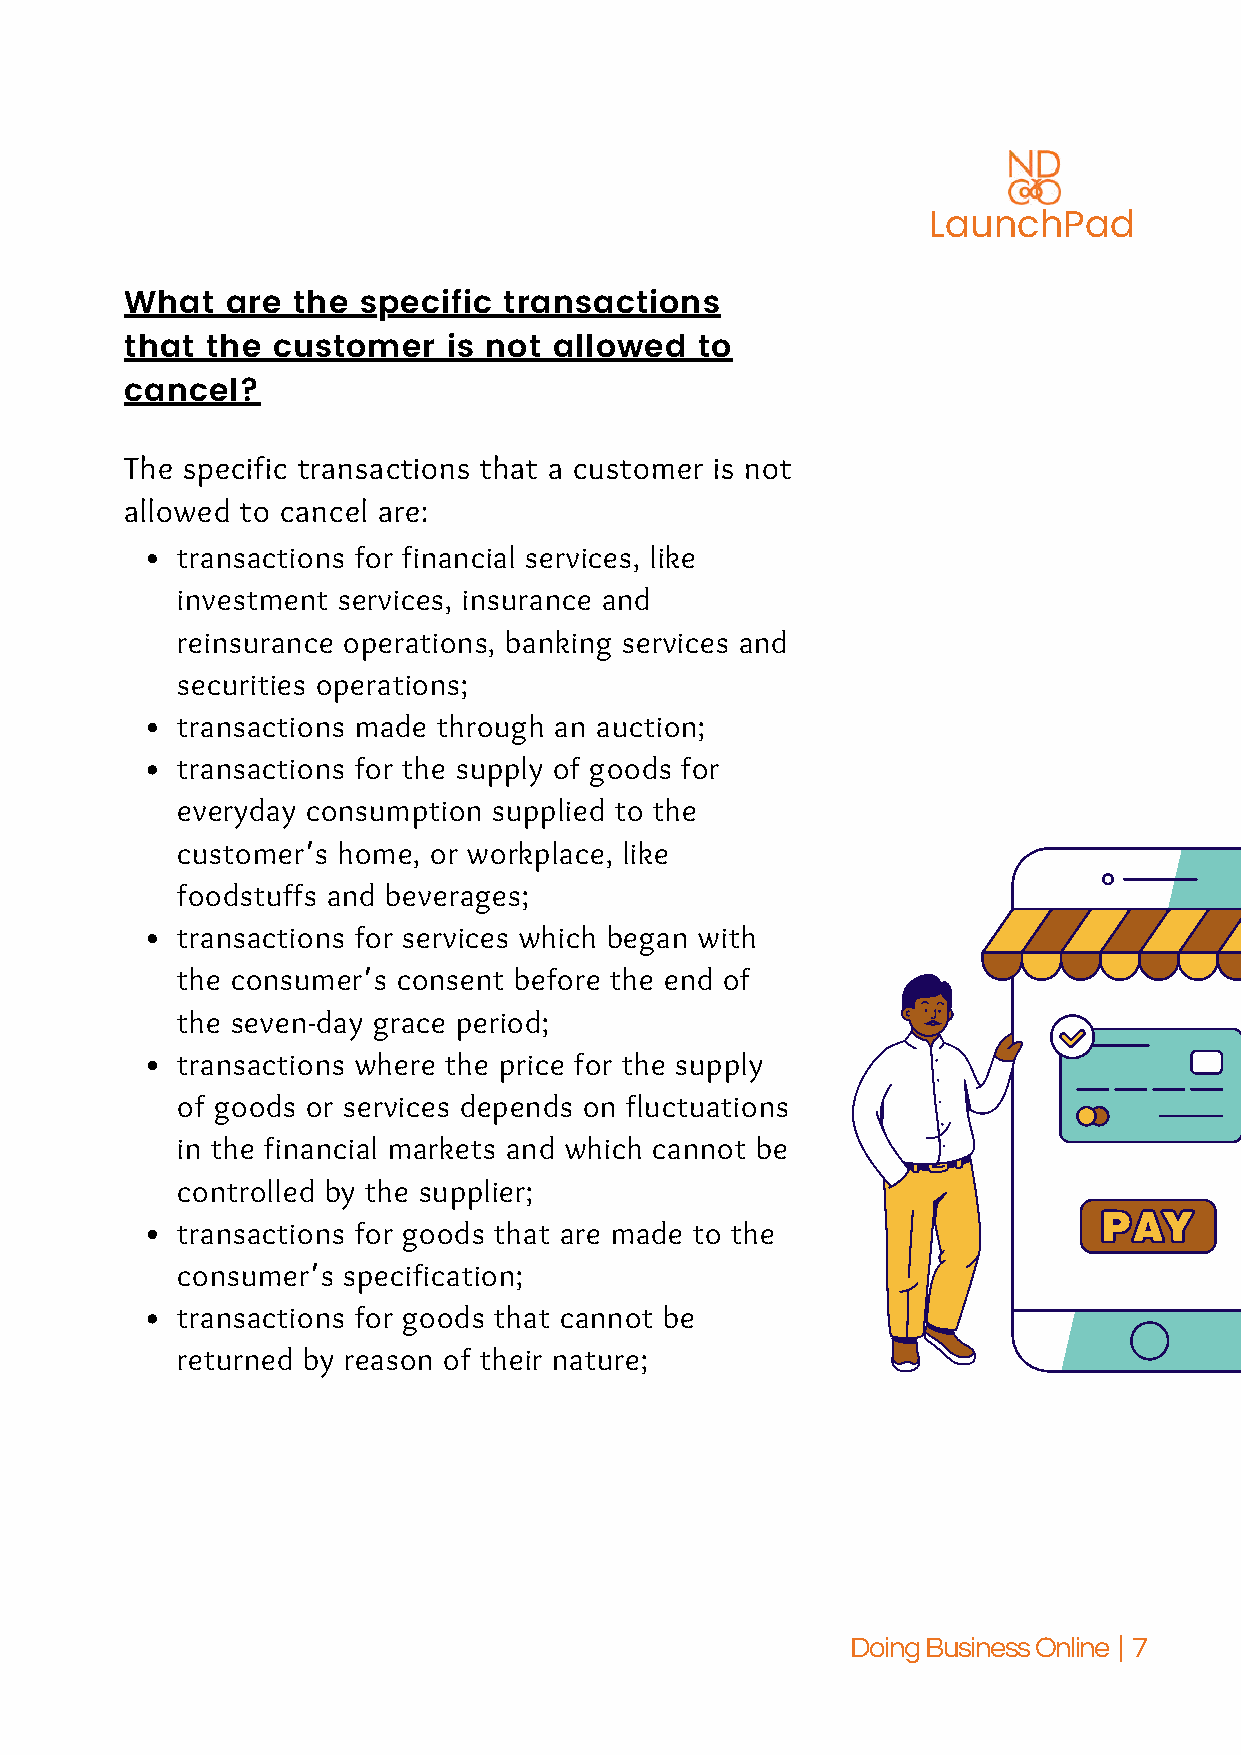
LaunchPad
 What   are the  specific transactions
 that  the customer    is not allowed  to
 cancel?
 The specific transactions that a customer is not
 allowed to cancel are:
 transactions for financial services, like
 investment services, insurance and
 reinsurance operations, banking services and
 securities operations;
 transactions made through an auction;
 transactions for the supply of goods for
 everyday consumption supplied to the
 customer’s home, or workplace, like
 foodstuffs and beverages;
 transactions for services which began with
 the consumer’s consent before the end of
 the seven-day grace period;
 transactions where the price for the supply
 of goods or services depends on fluctuations
 in the financial markets and which cannot be
 controlled by the supplier;
 transactions for goods that are made to the
 consumer’s specification;
 transactions for goods that cannot be
 returned by reason of their nature;
 Doing Business Online | 7